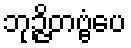
ဘုဉ္ဇိတဗ္ဗံပေ